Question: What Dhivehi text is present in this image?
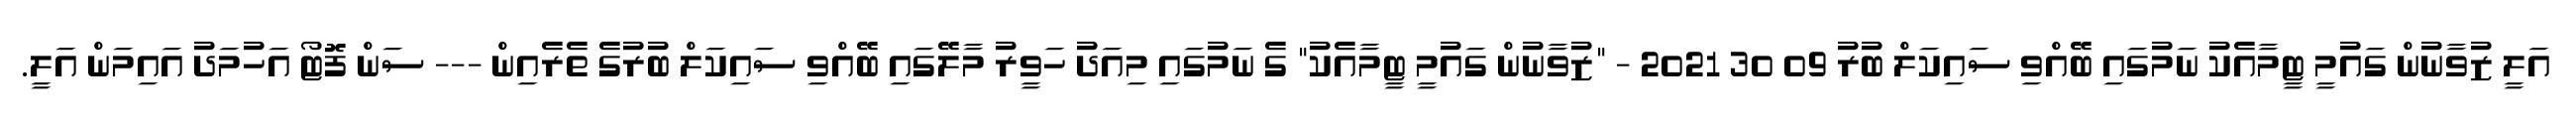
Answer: އަލީ ޒުވާނުން ގައުމީ ޓީމާއެކު ނަމުގައި ބޭއްވި ސައިކަލް ބުރު 09 30 2021 - "ޒުވާނުން ގައުމީ ޓީމާއެކު" ގެ ނަމުގައި މިއަދު ހަވީރު މާލޭގައި ބޭއްވި ސައިކަލް ބުރުގެ ތެރެއިން --- ސަން ފޮޓޯ އަހުމަދު އައިމަން އަލީ.